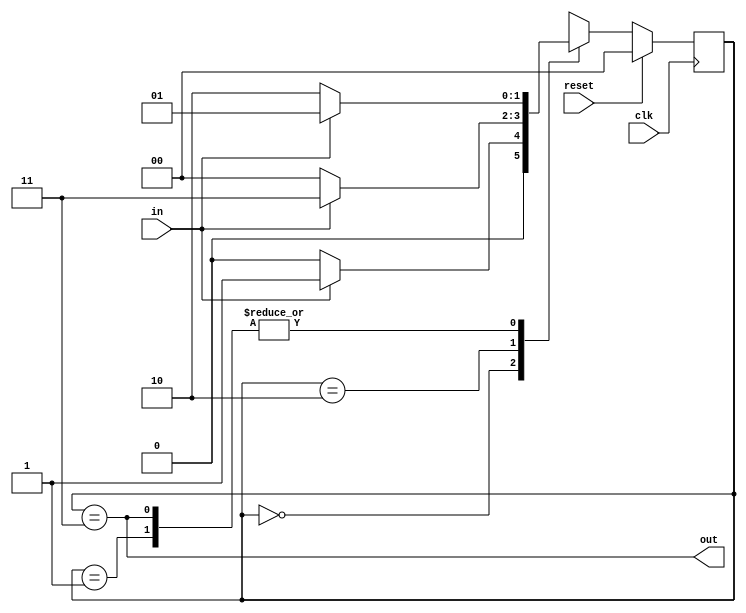
module top_module(
    input clk,
    input in,
    input reset,
    output out); //
    reg [1:0] cs,ns;
    parameter [1:0] A=0, B=1, C=2, D=3;
    // State transition logic
    always@(*)begin
        case(cs)
            A: ns = in ? B : A;
            B: ns = in ? B : C;
            C: ns = in ? D : A;
            D: ns = in ? B : C;
        endcase
    end
    // State flip-flops with synchronous reset
    always@(posedge clk) begin
        if(reset) cs <= A;
        else cs <= ns;
    end
    // Output logic
    assign out = (cs==D);
endmodule